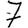
Digit: 7